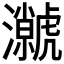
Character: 𭳳